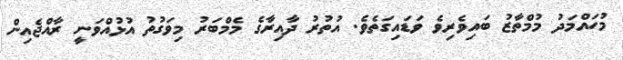
މުހައްމަދު މުމްތާޒު ބައިވެރިވެ ވަޑައިގަތެވެ. އުތުރު ދާއިރާގެ މެމްބަރު މިވަގުތު އުޅުއްވަނީ ރާއްޖެއިން